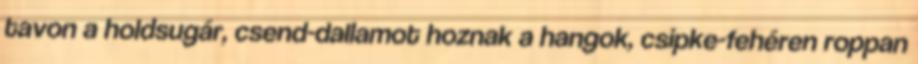
tavon a holdsugár, csend-dallamot hoznak a hangok, csipke-fehéren roppan